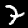
Digit: 7